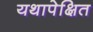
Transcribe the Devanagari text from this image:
यथापेक्षित